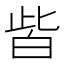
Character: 𤽤